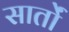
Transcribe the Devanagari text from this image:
सार्तों